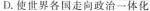
D.使世界各国走向政治一体化